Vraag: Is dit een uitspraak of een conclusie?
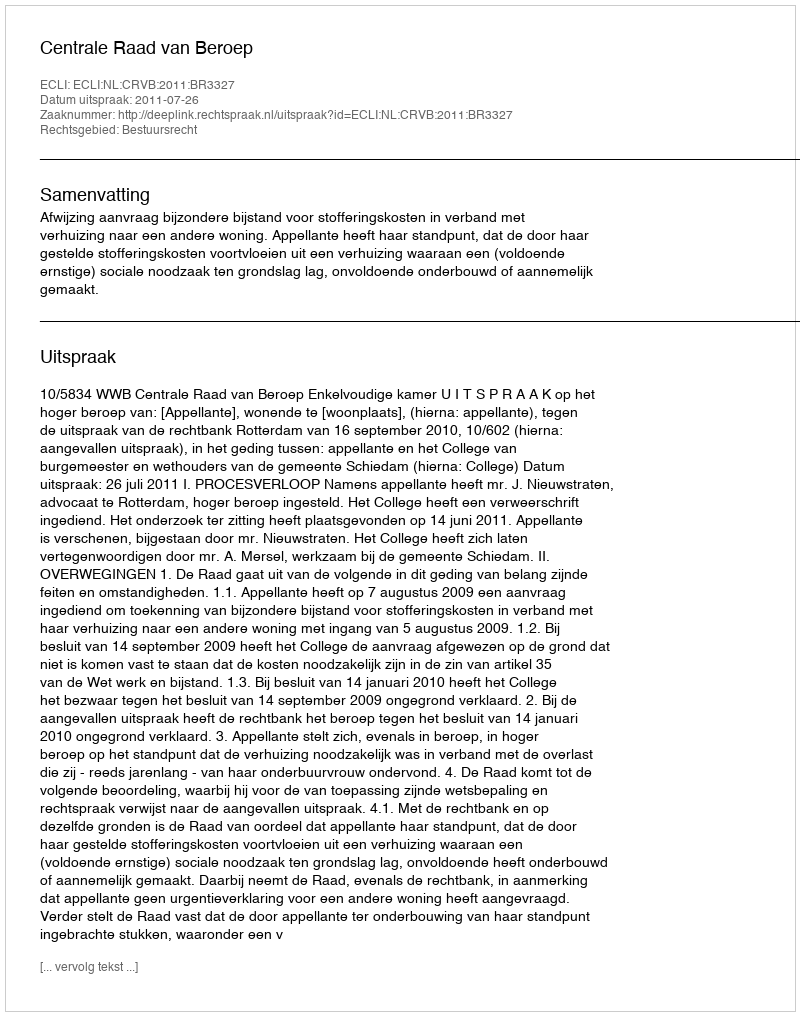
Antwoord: Uitspraak